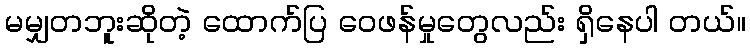
မမျှတဘူးဆိုတဲ့ ထောက်ပြ ဝေဖန်မှုတွေလည်း ရှိနေပါ တယ်။